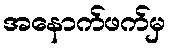
အနောက်ဖက်မှ